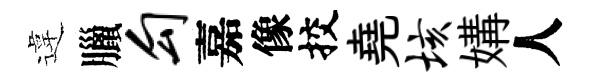
違臘勾嘉像挍堯垓媾人